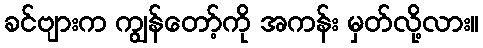
ခင်ဗျားက ကျွန်တော့်ကို အကန်း မှတ်လို့လား။